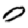
Digit: 0